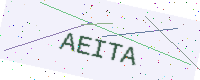
Text: AEITA